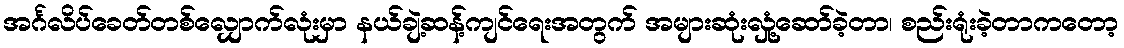
အင်္ဂလိပ်ခေတ်တစ်လျှောက်လုံးမှာ နယ်ချဲ့ဆန့်ကျင်ရေးအတွက် အများဆုံးလှုံ့ဆော်ခဲ့တာ၊ စည်းရုံးခဲ့တာကတော့